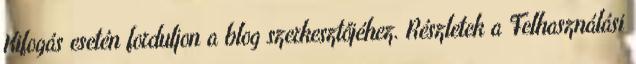
Kifogás esetén forduljon a blog szerkesztőjéhez. Részletek a Felhasználási